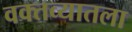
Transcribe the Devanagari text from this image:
वक्तव्यातला